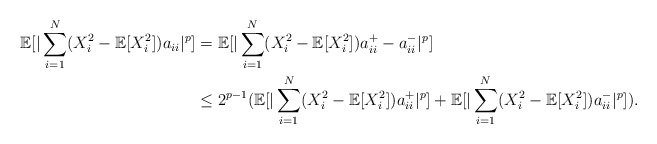
\begin{align*} \mathbb{E}[|\sum_{i=1}^N (X_i^2 - \mathbb{E}[X_i^2])a_{ii}|^p] & = \mathbb{E}[|\sum_{i=1}^N (X_i^2 - \mathbb{E}[X_i^2])a_{ii}^+ - a_{ii}^-|^p] \\ & \le 2^{p-1} (\mathbb{E}[|\sum_{i=1}^N (X_i^2 - \mathbb{E}[X_i^2])a_{ii}^+|^p] + \mathbb{E}[|\sum_{i=1}^N (X_i^2 - \mathbb{E}[X_i^2])a_{ii}^-|^p]). \end{align*}